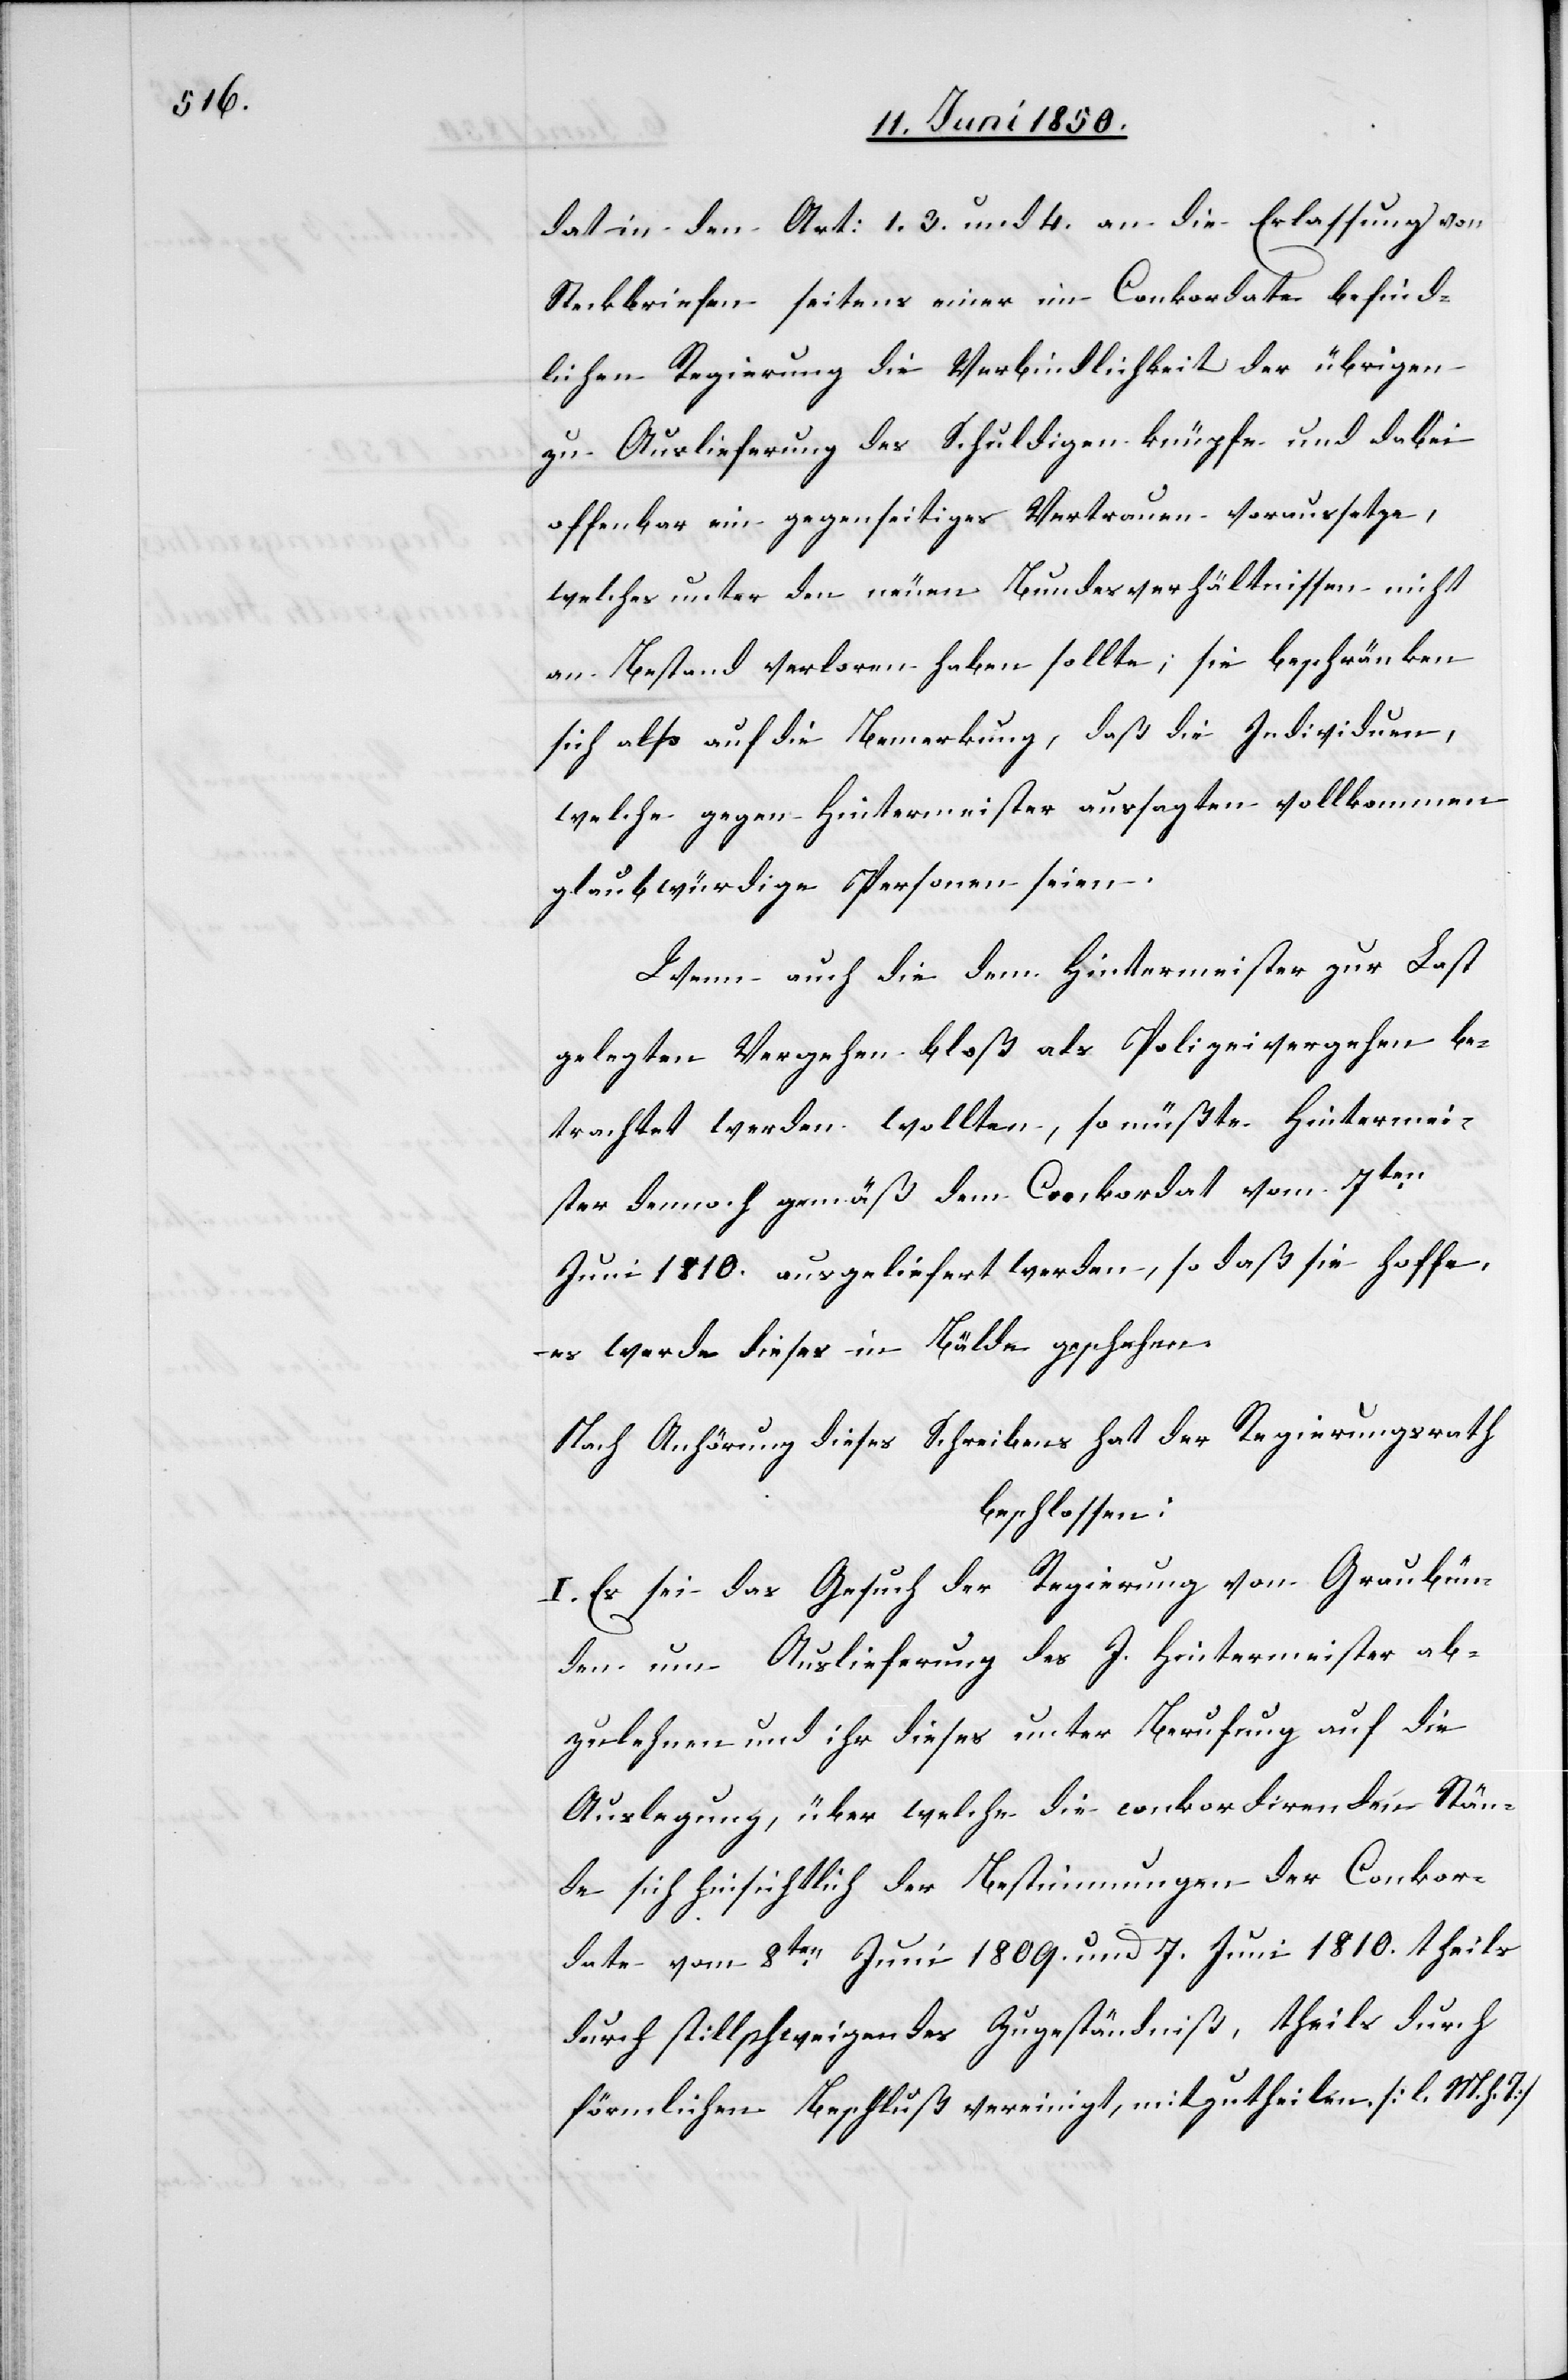
dat in den Art: 1. 3. und 4. an die Erlassung von
Steckbriefen seitens einer im Conkordate befind¬
lichen Regierung die Verbindlichkeit der übrigen
zu Auslieferung des Schuldigen knüpfe und dabei
offenbar ein gegenseitiges Vertrauen voraussetze,
welches unter den neuen Bundesverhältnissen nicht
an Bestand verloren haben sollte; sie beschränken
sich also auf die Bemerkung, daß die Individuen,
welche gegen Hintermeister aussagten vollkommen
glaubwürdige Personen seien.
Wenn auch die dem Hintermeister zur Last
gelegten Vergehen bloß als Polizeivergehen be¬
trachtet werden wollten, so müßte Hintermei¬
ster dennoch gemäß dem Conkordat vom 7ten
Juni 1810. ausgeliefert werden, so daß sie hoffe,
es werde dieses in Bälde geschehen.
Nach Anhörung dieses Schreibens hat der Regierungsrath
beschlossen:
I. Es sei das Gesuch der Regierung von Graubün¬
den um Auslieferung des J. Hintermeister ab¬
zulehnen und ihr dieses unter Berufung auf die
Auslegung, über welche die conkordirenden Stän¬
de sich hinsichtlich der Bestimmungen der Conkor¬
date vom 8ten Juni 1809. und 7. Juni 1810. theils
durch stillschweigendes Zugeständniß, theils durch
förmlichen Beschluß vereinigt, mitzutheilen. [l. M. h. T]